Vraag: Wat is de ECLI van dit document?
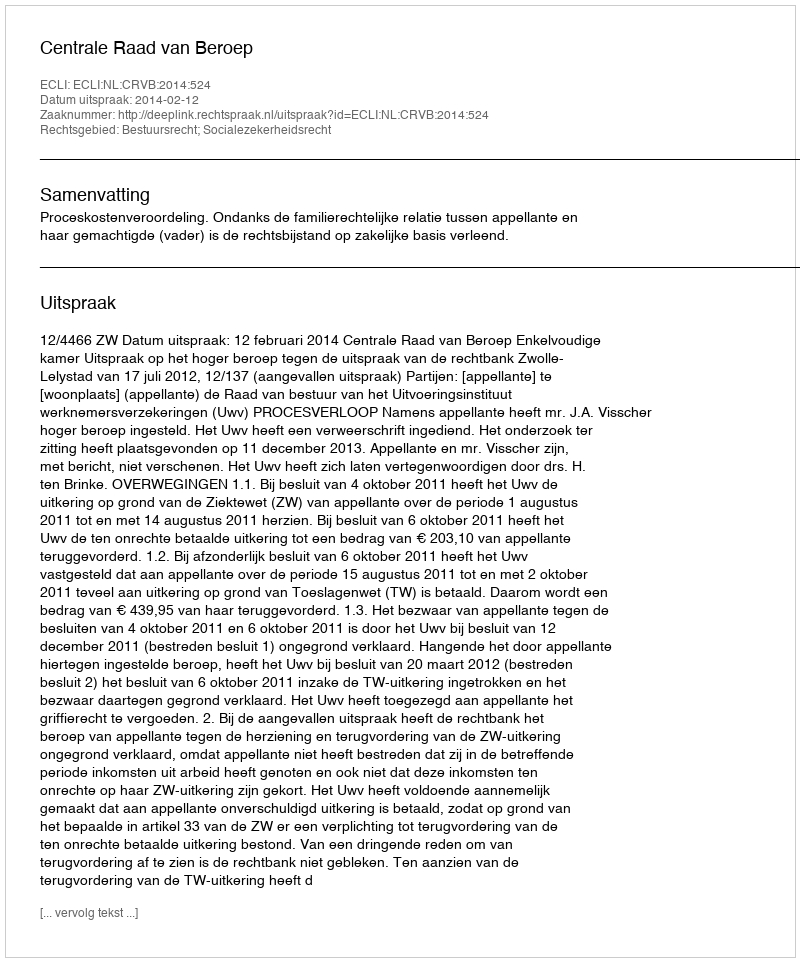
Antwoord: ECLI:NL:CRVB:2014:524